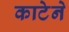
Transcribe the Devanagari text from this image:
काटेने